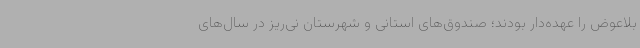
بلاعوض را عهده‌دار بودند؛ صندوق‌های استانی و شهرستان نی‌ریز در سال‌های